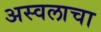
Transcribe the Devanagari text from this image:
अस्वलाचा